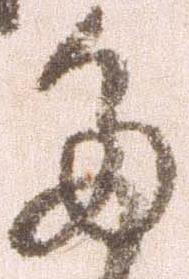
多